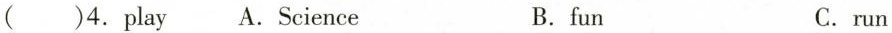
( )4.play A.Science B.fun C.run